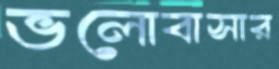
ভলোবাসার